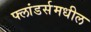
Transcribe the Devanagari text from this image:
फ्लांडर्समधील